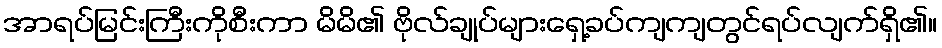
အာရပ်မြင်းကြီးကိုစီးကာ မိမိ၏ ဗိုလ်ချုပ်များရှေ့ခပ်ကျကျတွင်ရပ်လျက်ရှိ၏။